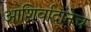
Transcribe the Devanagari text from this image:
आशिर्वादानेच